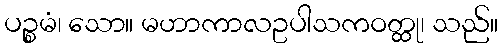
ပဉ္စမံ၊ သော။ မဟာကာလဥပါသကဝတ္ထု၊ သည်။